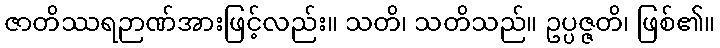
ဇာတိဿရဉာဏ်အားဖြင့်လည်း။ သတိ၊ သတိသည်။ ဥပ္ပဇ္ဇတိ၊ ဖြစ်၏။